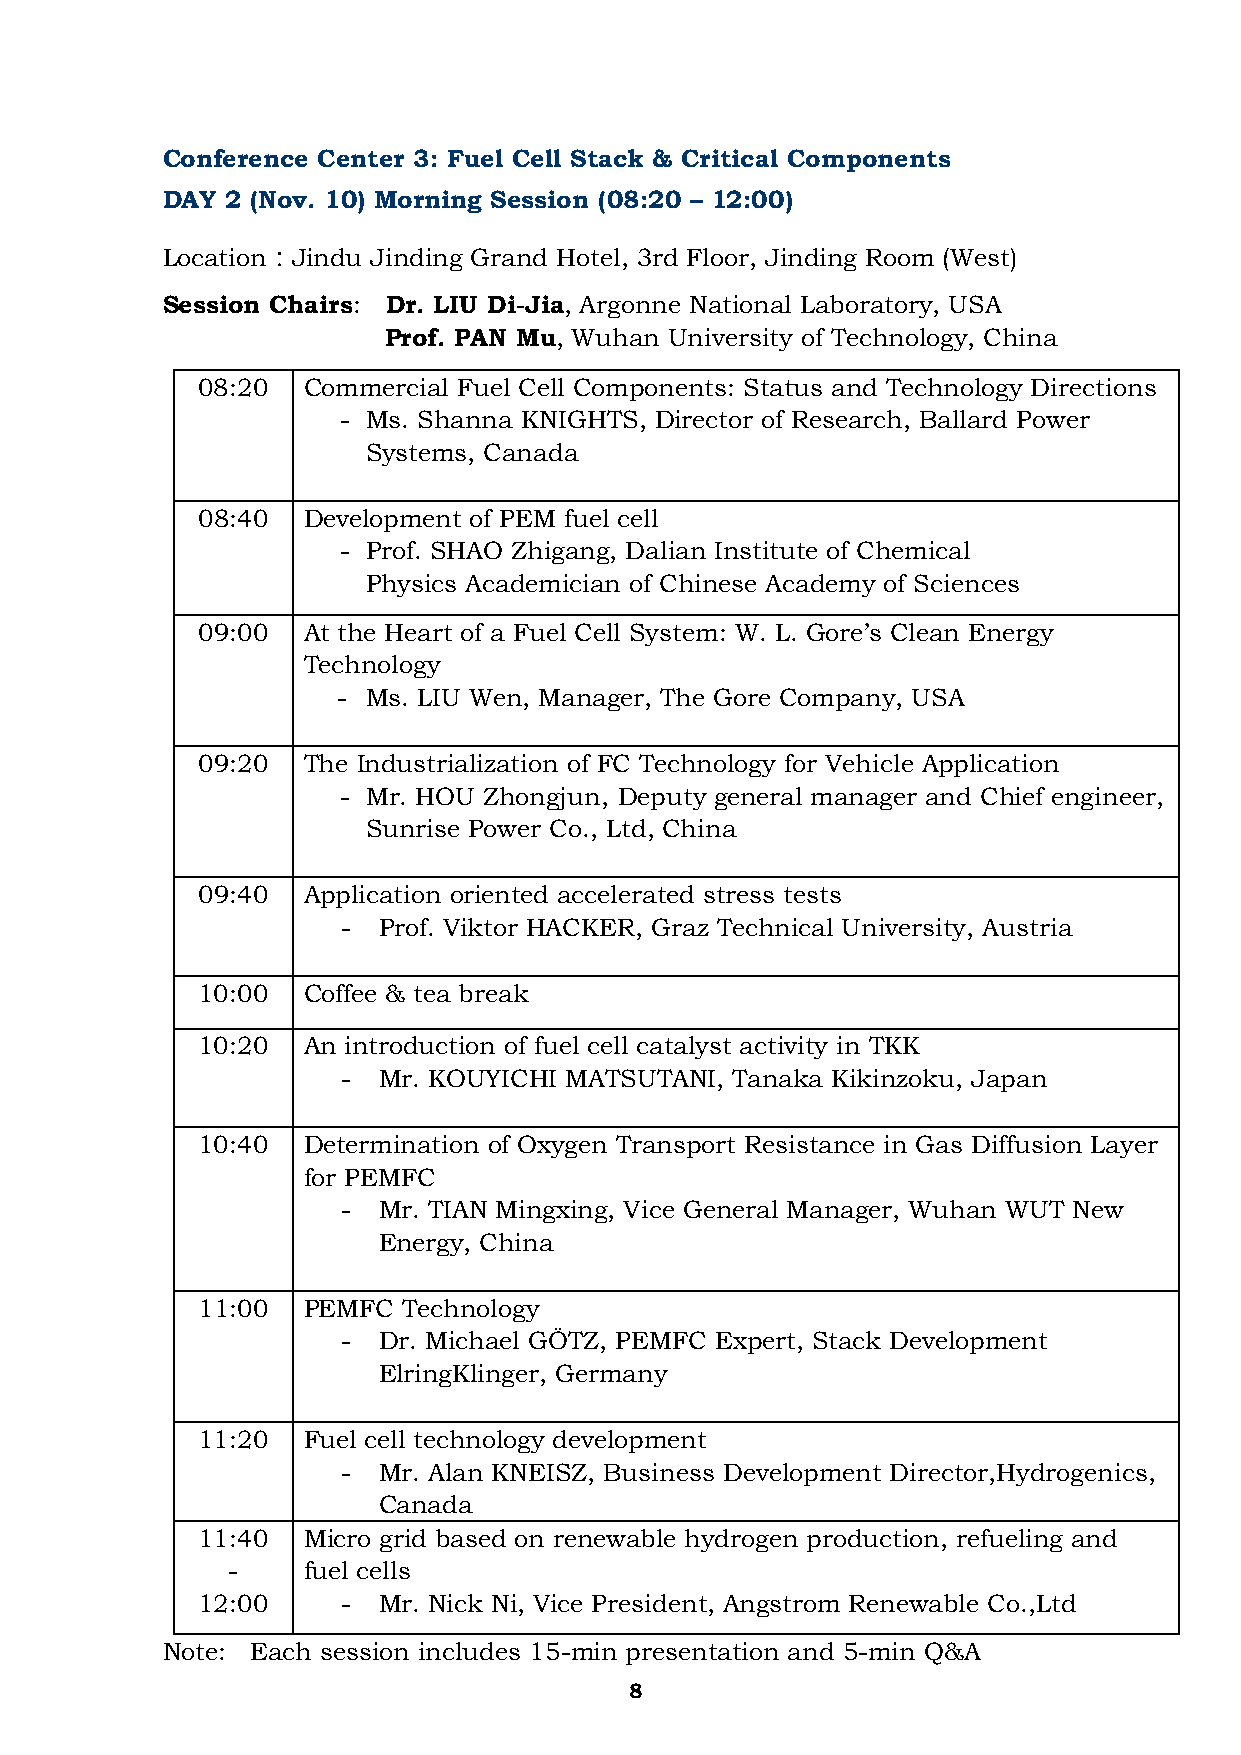
Conference Center 3: Fuel Cell Stack & Critical Components
 DAY 2 (Nov. 10) Morning Session (08:20 – 12:00)
 Location：Jindu Jinding Grand Hotel, 3rd Floor, Jinding Room (West)
 Session Chairs: Dr. LIU Di-Jia, Argonne National Laboratory, USA
 Prof. PAN Mu, Wuhan University of Technology, China
 08:20  Commercial Fuel Cell Components: Status and Technology Directions
 - Ms. Shanna KNIGHTS, Director of Research, Ballard Power
 Systems, Canada
 08:40  Development of PEM fuel cell
 - Prof. SHAO Zhigang, Dalian Institute of Chemical
 Physics Academician of Chinese Academy of Sciences
 09:00  At the Heart of a Fuel Cell System: W. L. Gore’s Clean Energy
 Technology
 - Ms. LIU Wen, Manager, The Gore Company, USA
 09:20  The Industrialization of FC Technology for Vehicle Application
 - Mr. HOU Zhongjun, Deputy general manager and Chief engineer,
 Sunrise Power Co., Ltd, China
 09:40  Application oriented accelerated stress tests
 - Prof. Viktor HACKER, Graz Technical University, Austria
 10:00  Coffee & tea break
 10:20  An introduction of fuel cell catalyst activity in TKK
 - Mr. KOUYICHI MATSUTANI, Tanaka Kikinzoku, Japan
 10:40  Determination of Oxygen Transport Resistance in Gas Diffusion Layer
 for PEMFC
 - Mr. TIAN Mingxing, Vice General Manager, Wuhan WUT New
 Energy, China
 11:00  PEMFC  Technology
 - Dr. Michael GÖTZ, PEMFC Expert, Stack Development
 ElringKlinger, Germany
 11:20  Fuel cell technology development
 - Mr. Alan KNEISZ, Business Development Director,Hydrogenics,
 Canada
 11:40  Micro grid based on renewable hydrogen production, refueling and
 -    fuel cells
 12:00     - Mr. Nick Ni, Vice President, Angstrom Renewable Co.,Ltd
 Note: Each session includes 15-min presentation and 5-min Q&A
 8